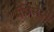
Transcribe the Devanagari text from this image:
मॅजिस्ट्रेट्स